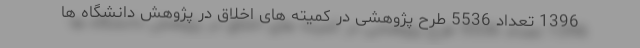
1396 تعداد 5536 طرح پژوهشی در کمیته های اخلاق در پژوهش دانشگاه ها